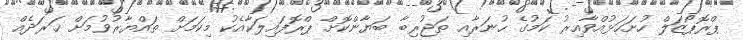
ޕްރޮޕޯޒަލް ހުށަހަޅުއްވާއިރު ކަމުގެ ހުނަރާއި ތަޖުރިބާ ބަޔާންކޮށް ޕްރޮފައިލަކާއެކު މިކަމަށް ތައްޔާރުވުމަށް ޚަރަދެއް